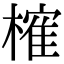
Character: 𣙜